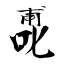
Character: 喸